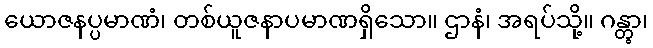
ယောဇနပ္ပမာဏံ၊ တစ်ယူဇနာပမာဏရှိသော။ ဌာနံ၊ အရပ်သို့။ ဂန္တွာ၊